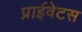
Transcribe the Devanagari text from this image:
प्राईवेटस